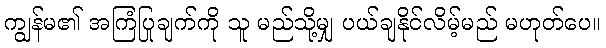
ကျွန်မ၏ အကြံပြုချက်ကို သူ မည်သို့မျှ ပယ်ချနိုင်လိမ့်မည် မဟုတ်ပေ။